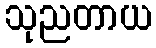
သုညတာယ